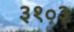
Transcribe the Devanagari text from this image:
३१०३